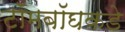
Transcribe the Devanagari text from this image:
टॉमबॉघकडे